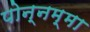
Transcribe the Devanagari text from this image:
पोन्नम्मा